Calcutta medical institutions reports 1871-78
Year: 1871
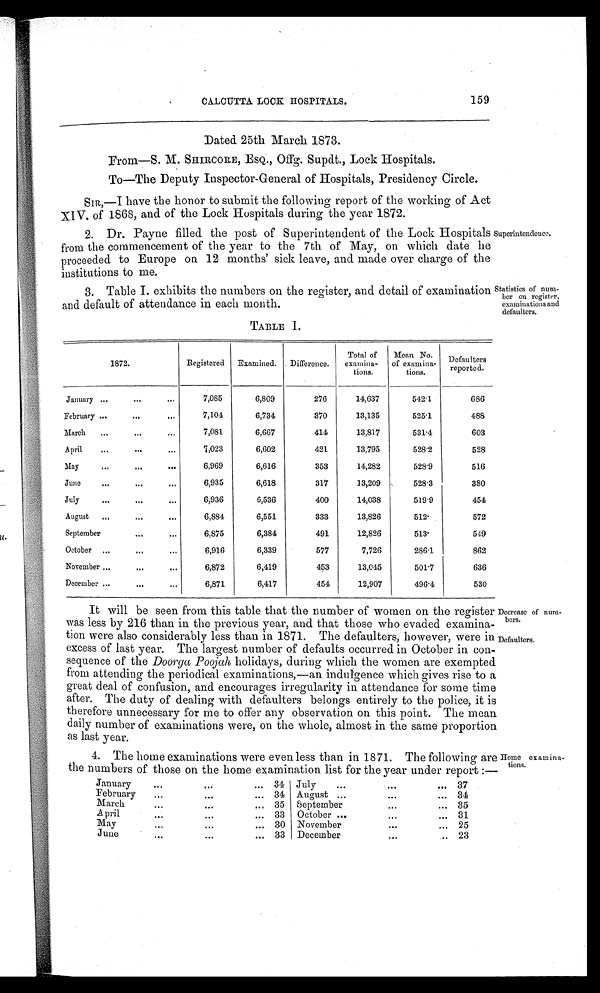
CALCUTTA LOCK HOSPITALS.
159
Dated 25th March 1873.
From—S. M. SHIRCORE, ESQ., Offg. Supdt., Lock Hospitals.
To—The Deputy Inspector-General of Hospitals, Presidency Circle.
SIR,—I have the honor to submit the following report of the working of Act
XIV. of 1868, and of the Lock Hospitals during the year 1872.
2. Dr. Payne filled the post of Superintendent of the Lock Hospitals
from the commencement of the year to the 7th of May, on which date he
proceeded to Europe on 12 months' sick leave, and made over charge of the
institutions to me.
Superintendence.
3. Table I. exhibits the numbers on the register, and detail of examination
and default of attendance in each month.
Statistics of numer on register, examinations and defaulters.
TABLE I.
1872.
Registered
Examined.
Difference.
Total of
exam i na-
tions.
Mean No.
of examin a-
tions.
Defaulters
reported.
January
7,085
6,809
276
14,637
5 4 2 · 1
686
February
7,104
6,734
370
13,135
5 2 5 · 1
488
March
7,081
6,667
414
13,817
5 3 1 · 4
603
April
7,023
6,602
421
13,795
5 2 8 · 2
528
May
6,969
6,616
353
14,282
5 2 8 · 9
516
June
6,935
6,618
317
13,209
5 2 8 · 3
380
July
6,936
6,536
400
14,038
5 1 9 · 9
454
August
6,884
6,551
333
13,826
5 1 2 ·
572
September
6,875
6,384
491
12,826
5 1 3 ·
549
October
6,916
6,339
577
7,726
2 8 6 · 1
862
November
6,872
6,419
453
13,045
5 0 1 · 7
636
December
6,871
6,417
454
12,907
4 9 6 · 4
530
It will be seen from this table that the number of women on the register
was less by 216 than in the previous year, and that those who evaded examina-
tion were also considerably less than in 1871. The defaulters, however, were in
excess of last year. The largest number of defaults occurred in October in con-
sequence of the Doorga Poojah holidays, during which the women are exempted
from attending the periodical examinations,—an indulgence which gives rise to a
great deal of confusion, and encourages irregularity in attendance for some time
after. The duty of dealing with defaulters belongs entirely to the police, it is
therefore unnecessary for me to offer any observation on this point. The mean
daily number of examinations were, on the whole, almost in the same proportion
as last year.
D e c r e a s e o f n u m b e r s . D e f a u l t e r s .
4. The home examinations were even less than in 1871. The following are
the numbers of those on the home examination list for the year under report:—
H o m e e x a m i n a t i o n s .
January
. . .
. .
...
34 July
...
. . .
37
February
...
...
... 34 August
. . .
... 34
M a r c h
. . .
...
... 35
September
...
... 35
April
...
. . .
... 33
October
...
... 31
May
...
...
... 30 November
. . .
...
25
June
. . .
. . .
... 33
December
. . . ...
23